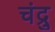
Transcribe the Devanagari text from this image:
चंद्रु